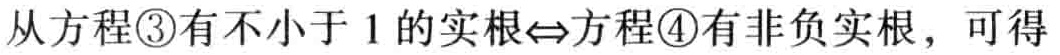
从方程\textcircled{3}有不小于 1 的实根$\Leftrightarrow$方程\textcircled{4}有非负实根，可得